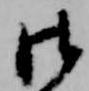
御